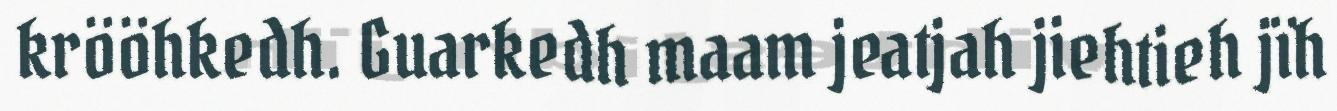
krööhkedh. Guarkedh maam jeatjah jiehtieh jïh